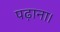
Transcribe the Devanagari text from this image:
पढ़ाना।